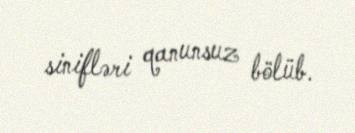
sinifləri qanunsuz bölüb.